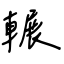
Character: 輾